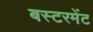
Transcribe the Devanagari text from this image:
बस्टरमेंट